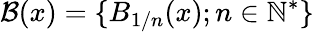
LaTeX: {\mathcal{B}}(x)=\{ B_{1/n}(x);n\in\mathbb{N}^{*}\}